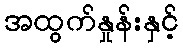
အထွက်နှုန်းနှင့်